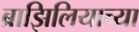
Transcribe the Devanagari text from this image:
ब्राझिलियाच्या